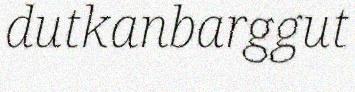
dutkanbarggut